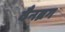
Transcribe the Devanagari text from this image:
वैनब्रग